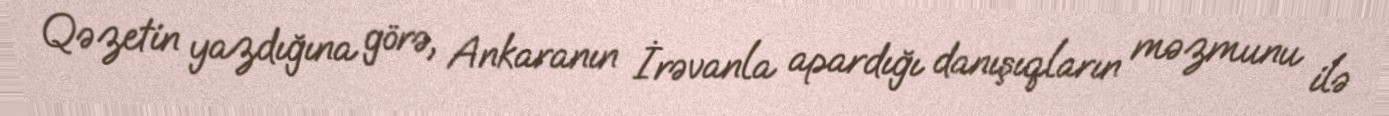
Qəzetin yazdığına görə, Ankaranın İrəvanla apardığı danışıqların məzmunu ilə